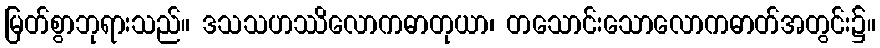
မြတ်စွာဘုရားသည်။ ဒသသဟဿိလောကဓာတုယာ၊ တသောင်းသောလောကဓာတ်အတွင်း၌။